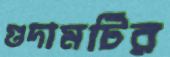
গুদামটির